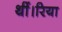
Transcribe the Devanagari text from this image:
थीं।रिया